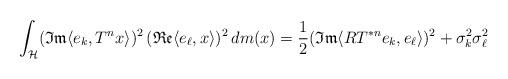
LaTeX: \begin{align*}\int_{\mathcal{H}}(\mathfrak{Im}\langle e_k, T^nx \rangle)^2\,(\mathfrak{Re}\langle e_\ell, x \rangle)^2\, dm(x)=\frac{1}{2}(\mathfrak{Im}\langle RT^{*n}e_k, e_\ell \rangle)^2+\sigma_k^2\sigma_\ell^2\end{align*}